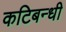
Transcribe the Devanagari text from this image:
कटिबन्धी